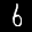
Label: 6